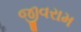
જીવરામ